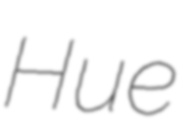
Hue